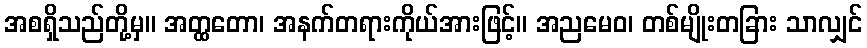
အစရှိသည်တို့မှ။ အတ္ထတော၊ အနက်တရားကိုယ်အားဖြင့်။ အညမေဝ၊ တစ်မျိုးတခြား သာလျှင်